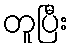
တူပြီး